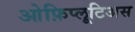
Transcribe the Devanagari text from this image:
ओफ़िप्लूटिअस